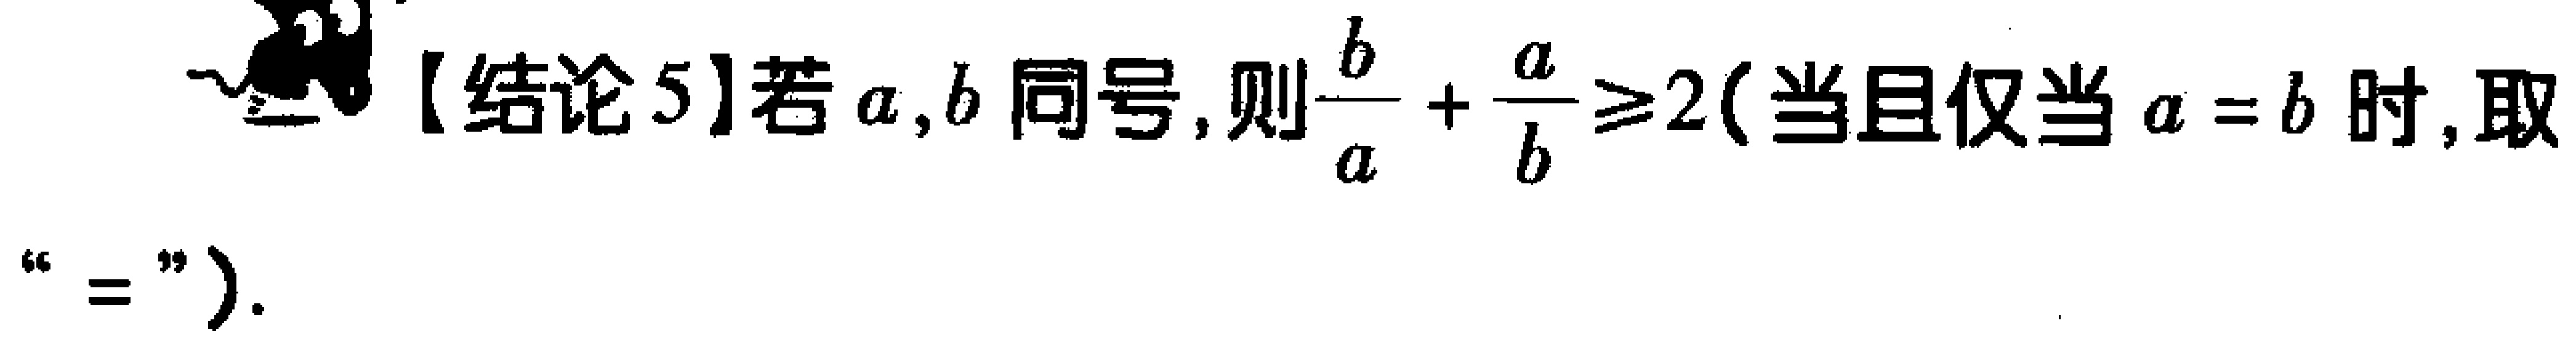
【结论5】若\(a,b\)同号，则\(\frac{b}{a}+\frac{a}{b}\geq2\)（当且仅当\(a = b\)时，取“\(=\)”）.